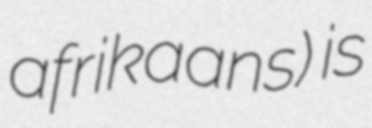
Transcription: afrikaans) is